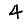
Digit: 4